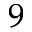
^ 9